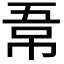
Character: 𭘣